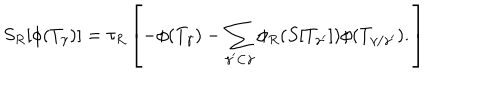
S _ { R } [ \phi ( T _ { \gamma } ) ] = \tau _ { R } \left[ - \phi ( T _ { \gamma } ) - \sum _ { \gamma ^ { \prime } \subset \gamma } \phi _ { R } ( S [ T _ { \gamma ^ { \prime } } ] ) \phi ( T _ { \gamma / \gamma ^ { \prime } } ) . \right]